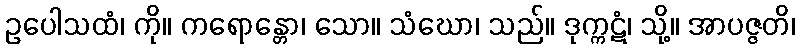
ဥပေါသထံ၊ ကို။ ကရောန္တော၊ သော။ သံဃော၊ သည်။ ဒုက္ကဋံ၊ သို့။ အာပဇ္ဇတိ၊